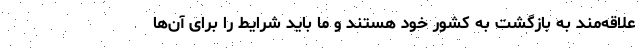
علاقه‌مند به بازگشت به کشور خود هستند و ما باید شرایط را برای آن‌ها